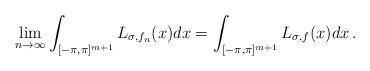
LaTeX: \begin{align*} \lim_{n\to\infty}\int_{[-\pi,\pi]^{m+1}}L_{\sigma,f_n}(x)dx=\int_{[-\pi,\pi]^{m+1}}L_{\sigma,f}(x)dx\,.\end{align*}